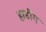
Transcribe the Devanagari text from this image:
हार्डींग